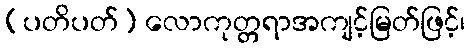
(ပတိပတ်) လောကုတ္တရာအကျင့်မြတ်ဖြင့်၊